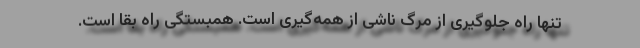
تنها راه جلوگیری از مرگ ناشی از همه‌گیری است. همبستگی راه بقا است.